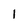
Character: 1